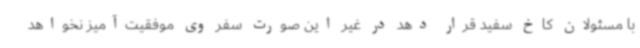
با مسئولان کاخ سفید قرار دهد در غیر این صورت سفر وی موفقیت‌آمیز نخواهد